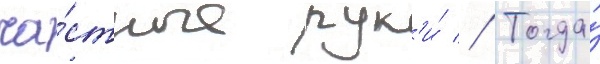
ча́стные рук'и́ // Тогда́